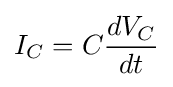
I_{C}=C{\frac {dV_{C}}{dt}}